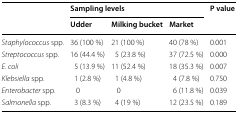
| <ROWSPAN=2>  | <COLSPAN=3> Sampling levels | <ROWSPAN=2> P value |
 | Udder | Milking bucket | Market |
 | --- | --- | --- | --- | --- |
 | Staphylococcus spp. | 36 (100 %) | 21 (100 %) | 40 (78 %) | 0.001 |
 | Streptococcus spp. | 16 (44.4 %) | 5 (23.8 %) | 37 (72.5 %) | 0.000 |
 | E. coli | 5 (13.9 %) | 11 (52.4 %) | 18 (35.3 %) | 0.007 |
 | Klebsiella spp. | 1 (2.8 %) | 1 (4.8 %) | 4 (7.8 %) | 0.750 |
 | Enterobacter spp. | 0 | 0 | 6 (11.8 %) | 0.039 |
 | Salmonella spp. | 3 (8.3 %) | 4 (19 %) | 12 (23.5 %) | 0.189 |